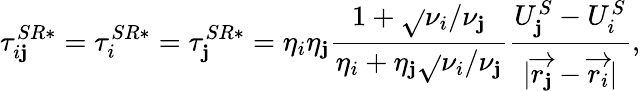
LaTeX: \tau_{i\mathbf{j}}^{SR*}=\tau_{i}^{SR*}=\tau_{\mathbf{j}}^{SR*}=\eta_{i}\eta_{\mathbf{j}}\frac{{1+\sqrt{}{{\nu_{i}/\nu_{\mathbf{j}}}}}}{{\eta_{i}+\eta_{\mathbf{j}}\sqrt{}{{\nu_{i}/\nu_{\mathbf{j}}}}}}\frac{{U_{\mathbf{j}}^{S}-U_{i}^{S}}}{{|\overrightarrow{{r_{\mathbf{j}}}}-\overrightarrow{{r_{i}}}|}},